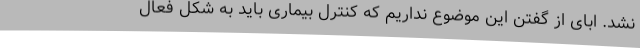
نشد. ابای از گفتن این موضوع نداریم که کنترل بیماری باید به شکل فعال